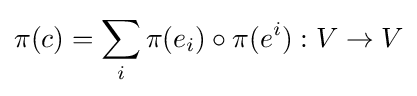
\pi (c)=\sum _{i}\pi (e_{i})\circ \pi (e^{i}):V\to V